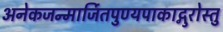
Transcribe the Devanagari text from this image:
अनेकजन्मार्जितपुण्यपाकाद्गुरोस्तु